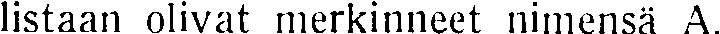
listaan olivat merkinneet nimensä A.